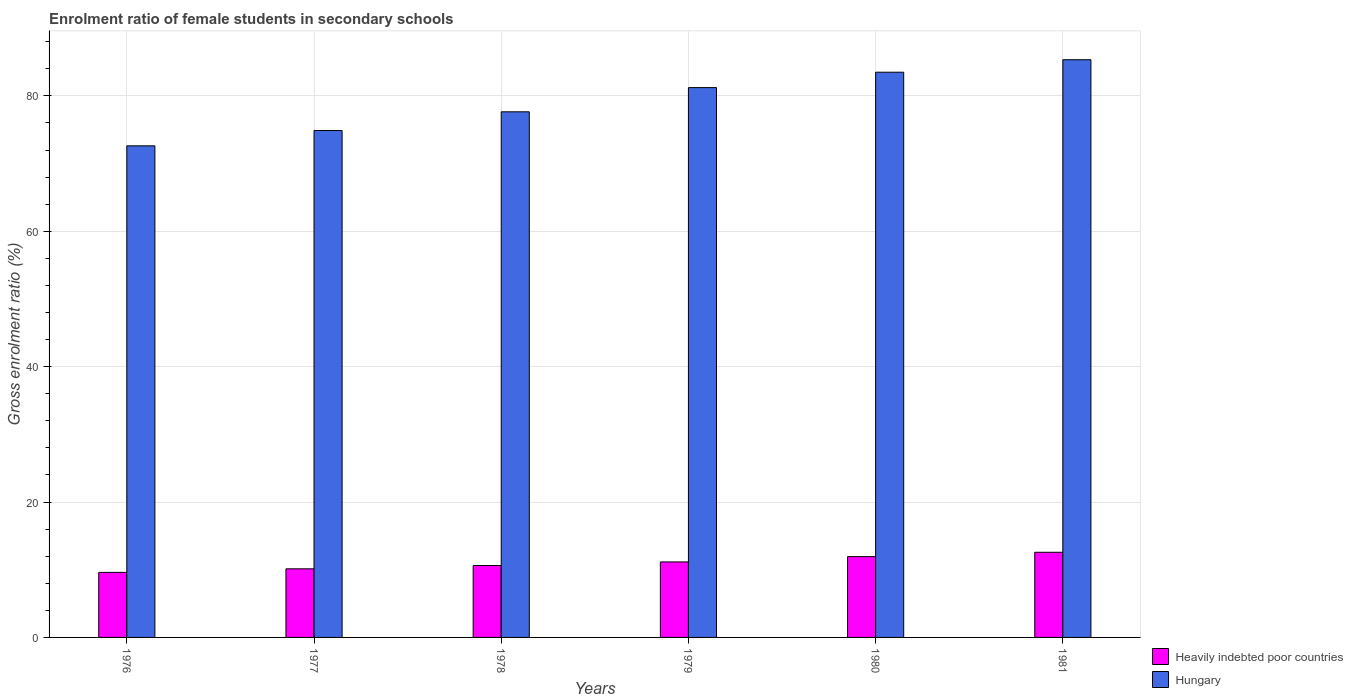
| Years | Heavily indebted poor countries | Hungary |
 | --- | --- | --- |
 | 1976 | 9.61 | 72.6 |
 | 1977 | 10.1 | 74.9 |
 | 1978 | 10.6 | 77.6 |
 | 1979 | 11.2 | 81.2 |
 | 1980 | 11.9 | 83.5 |
 | 1981 | 12.6 | 85.3 |